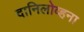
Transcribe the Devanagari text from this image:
दानिलोव्हना